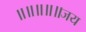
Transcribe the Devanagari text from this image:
॥॥॥॥॥जय